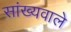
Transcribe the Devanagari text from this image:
सांख्यवाले